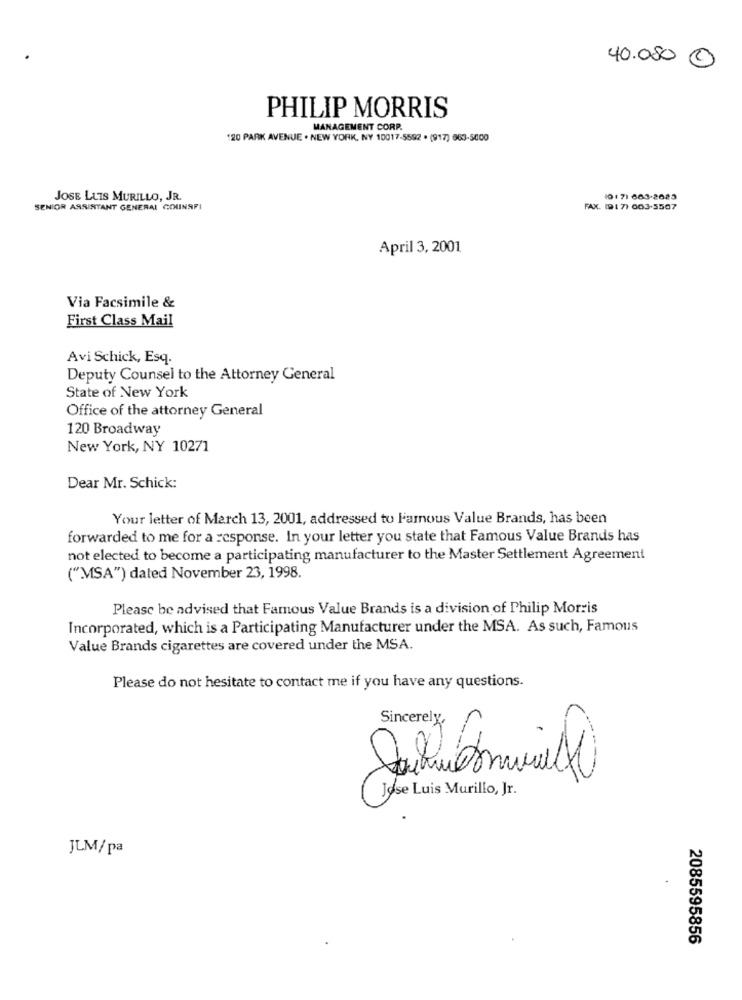
40.080 0
PHILIP MORRIS
MANAGEMENT CORP
120 PARK AVENUE . NEW YORK, NY 10017-5592 . (917) 663-5000
JOSE LUIS MURILLO, JR.
(017) 663-2623
SENIOR ASSISTANT GENERAL COUNSFI
FAX. 191 7) 003-5507
April 3, 2001
Via Facsimile &
First Class Mail
Avi Schick, Esq.
Deputy Counsel to the Attorney General
State of New York
Office of the attorney General
120 Broadway
New York, NY 10271
Dear Mr. Schick:
Your letter of March 13, 2001, addressed to Famous Value Brands, has been
forwarded to me for a response. In your letter you state that Famous Value Brands has
not elected to become a participating manufacturer to the Master Settlement Agreement
("MSA") dated November 23, 1998.
Please be advised that Famous Value Brands is a division of Philip Morris
Incorporated, which is a Participating Manufacturer under the MSA. As such, Famous
Value Brands cigarettes are covered under the MSA.
Please do not hesitate to contact me if you have any questions.
Sincerely,
Jose Luis Murillo, Jr.
JLM/pa
2085595856